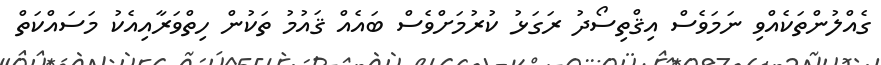
ގެއްލުންތަކެއްވި ނަމަވެސް އިޤްތިސޯދު ރަގަޅު ކުރުމަށްވެސް ބައެއް ޤައުމު ތަކުން ހިތްވަރާއިއެކު މަސައްކަތް